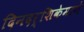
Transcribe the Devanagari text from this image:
दिनदर्शिकेमागे